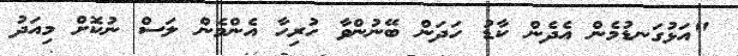
"އަޅުގަނޑުމެން އެދެން ކާޑު ހަދަން ބޭނުންވާ ހުރިހާ އެންމެން ލަސް ނުކޮށް މިއަދު